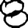
Digit: 8